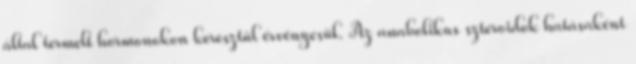
által termelt hormonokon keresztül érvényesül. Az anabolikus szteroidok hatásaként